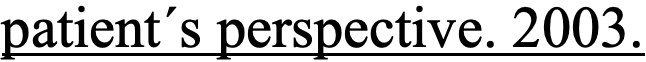
patient´s perspective. 2003.